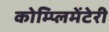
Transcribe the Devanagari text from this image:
कोम्प्लिमेंटेरी